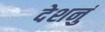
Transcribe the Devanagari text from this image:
देशनुं